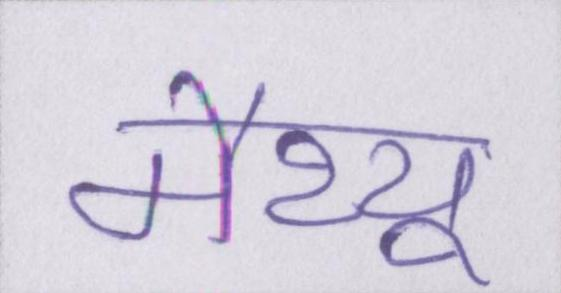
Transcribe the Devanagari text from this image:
मैथ्यू